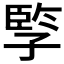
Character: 𡦋